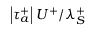
\left| \tau _ { a } ^ { + } \right| U ^ { + } / \lambda _ { S } ^ { + }